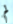
لم